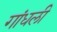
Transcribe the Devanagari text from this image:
गांधली